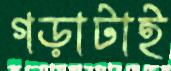
গড়াটাই